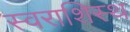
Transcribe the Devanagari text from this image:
स्वराशिस्थ